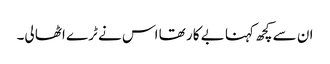
ان سے کچھ کہنا بے کار تھا اس نے ٹرے اٹھا لی۔